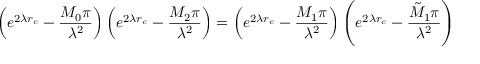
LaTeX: \left( e ^ { 2 \lambda r _ { c } } - \frac { M _ { 0 } \pi } { \lambda ^ { 2 } } \right) \left( e ^ { 2 \lambda r _ { c } } - \frac { M _ { 2 } \pi } { \lambda ^ { 2 } } \right) = \left( e ^ { 2 \lambda r _ { c } } - \frac { M _ { 1 } \pi } { \lambda ^ { 2 } } \right) \left( e ^ { 2 \lambda r _ { c } } - \frac { \tilde { M } _ { 1 } \pi } { \lambda ^ { 2 } } \right)